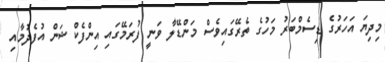
މިދިޔަ އަހަރުގެ ޑިސެމްބަރު މަހުގެ ތެރޭގައިވެސް މަންޑޭލާ ވަނީ ފުރަމޭގައި އިންފެކްޝަން އުފެދުމާއި